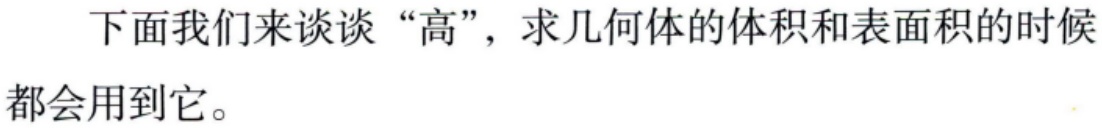
下面我们来谈谈“高”，求几何体的体积和表面积的时候都会用到它。